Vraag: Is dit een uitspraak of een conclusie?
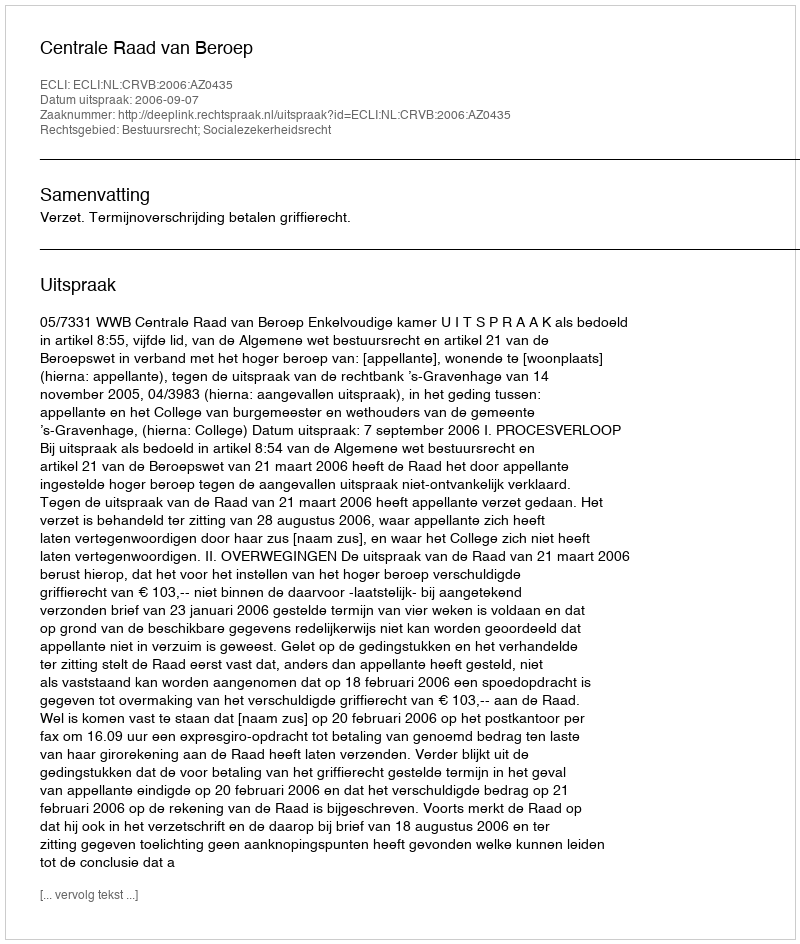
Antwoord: Uitspraak